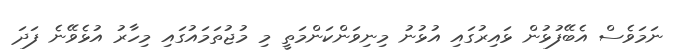
ނަމަވެސް އެބޭފުޅުން ޅައިރުގައި އުޅުނު މިނިވަންކަންމަތީ މި މުޖުތަމައުގައި މިހާރު އުޅެވޭނެ ފަދަ